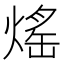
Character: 熎